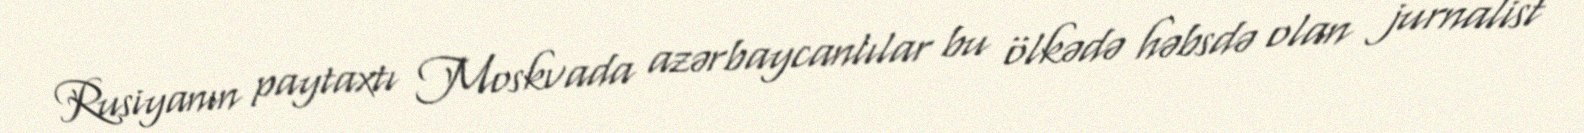
Rusiyanın paytaxtı Moskvada azərbaycanlılar bu ölkədə həbsdə olan jurnalist